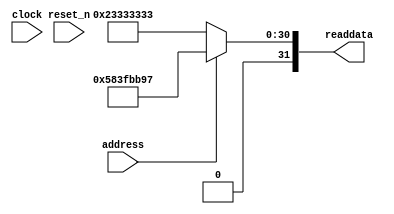
module TimeHoldOver_Qsys_sysid_qsys (
               // inputs:
                address,
                clock,
                reset_n,

               // outputs:
                readdata
             )
;

  output  [ 31: 0] readdata;
  input            address;
  input            clock;
  input            reset_n;

  wire    [ 31: 0] readdata;
  //control_slave, which is an e_avalon_slave
  assign readdata = address ? 1480571799 : 590558003;

endmodule